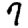
Digit: 7